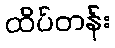
ထိပ်တန်း